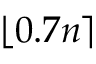
\ensuremath { \lfloor 0 . 7 n \rceil }